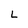
Character: L